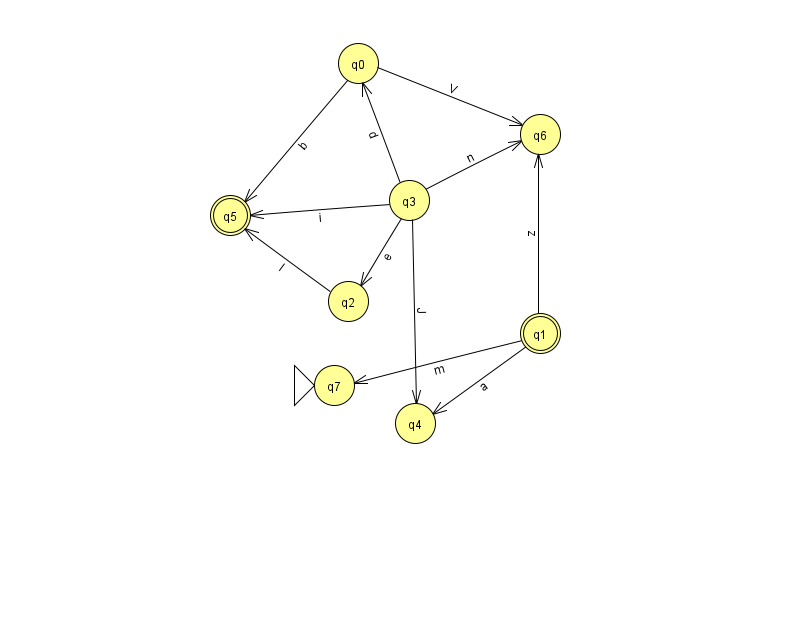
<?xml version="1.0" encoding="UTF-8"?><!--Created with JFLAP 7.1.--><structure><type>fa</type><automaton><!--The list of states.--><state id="0" name="q0"><x>358.0</x><y>50.0</y></state><state id="1" name="q1"><x>540.0</x><y>320.0</y><final/></state><state id="2" name="q2"><x>348.0</x><y>288.0</y></state><state id="3" name="q3"><x>409.0</x><y>187.0</y></state><state id="4" name="q4"><x>415.0</x><y>410.0</y></state><state id="5" name="q5"><x>230.0</x><y>202.0</y><final/></state><state id="6" name="q6"><x>540.0</x><y>121.0</y></state><state id="7" name="q7"><x>334.0</x><y>372.0</y><initial/></state><!--The list of transitions.--><transition><from>3</from><to>2</to><read>e</read></transition><transition><from>1</from><to>4</to><read>a</read></transition><transition><from>3</from><to>6</to><read>n</read></transition><transition><from>0</from><to>5</to><read>b</read></transition><transition><from>3</from><to>0</to><read>d</read></transition><transition><from>3</from><to>4</to><read>J</read></transition><transition><from>1</from><to>6</to><read>z</read></transition><transition><from>1</from><to>7</to><read>m</read></transition><transition><from>2</from><to>5</to><read>l</read></transition><transition><from>0</from><to>6</to><read>V</read></transition><transition><from>3</from><to>5</to><read>i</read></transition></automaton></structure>